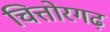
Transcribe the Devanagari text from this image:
चित्तोरगढ़